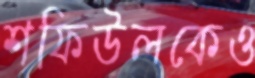
শফিউলকেও